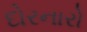
દોરનારો